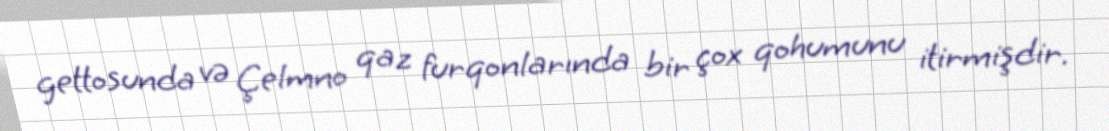
gettosunda və Çelmno qaz furqonlarında bir çox qohumunu itirmişdir.